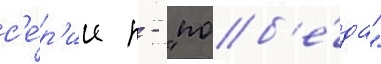
с'е́р'ии п - "поб'е́да"